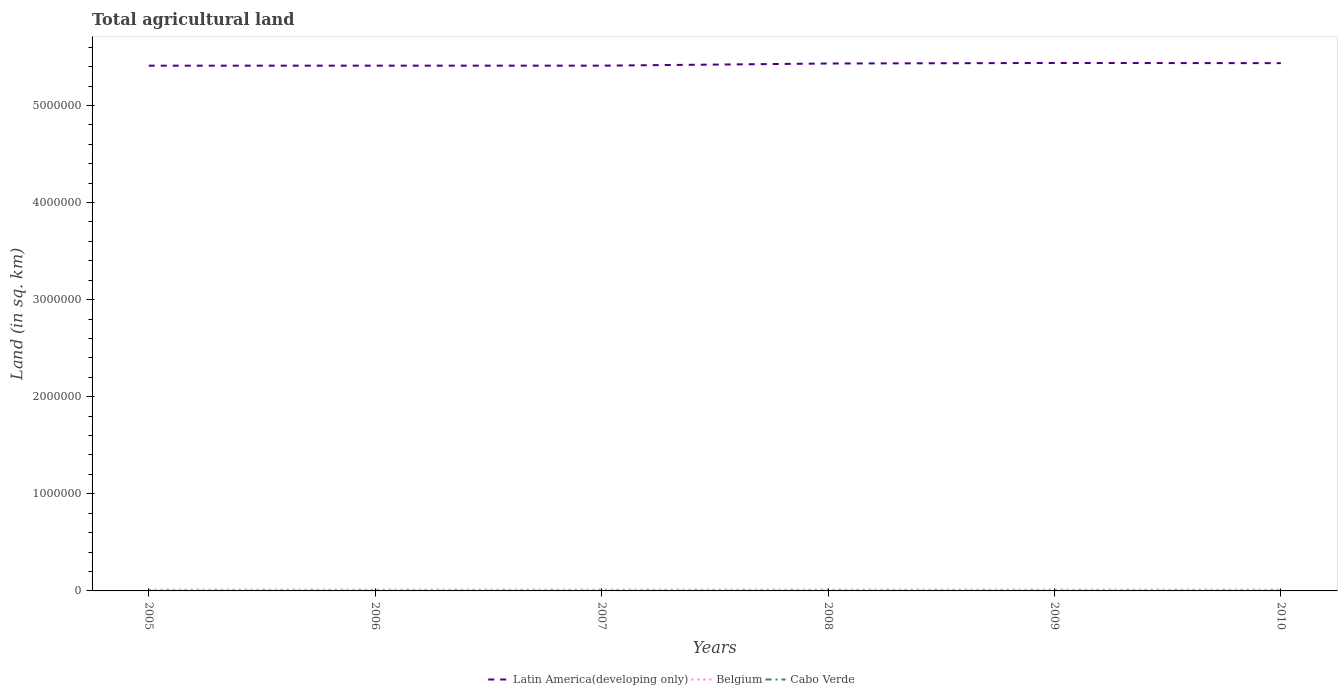
| Years | Latin America(developing only) | Belgium | Cabo Verde |
 | --- | --- | --- | --- |
 | 2005 | 5.41e+06 | 1.38e+04 | 750 |
 | 2006 | 5.41e+06 | 1.38e+04 | 760 |
 | 2007 | 5.41e+06 | 1.37e+04 | 760 |
 | 2008 | 5.43e+06 | 1.37e+04 | 780 |
 | 2009 | 5.44e+06 | 1.36e+04 | 780 |
 | 2010 | 5.44e+06 | 1.36e+04 | 780 |